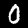
Digit: 0